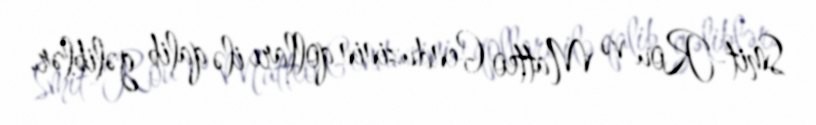
Smit-Rou və Matteo Genduzinin qolları ilə qalib gəliblər.